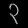
Digit: ၃